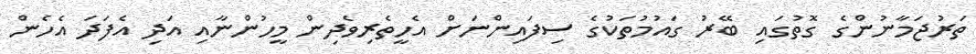
ތަރުޖަމާނުންގެ ގޮތުގައި ބޭރު ގައުމުތަކުގެ ސިފައިންނަށް އެހީތެރިވެދިން މީހުންނާއި އަދި އެފަދަ އެހެން